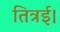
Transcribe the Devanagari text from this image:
तित्रई।